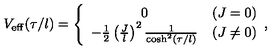
V _ { \mathrm { e f f } } ( \tau / l ) = \left\{ \begin{array} { c l } { 0 } & { ( J = 0 ) } \\ { - \frac { 1 } { 2 } \left( \frac { J } { l } \right) ^ { 2 } \frac { 1 } { \cosh ^ { 2 } ( \tau / l ) } } & { ( J \neq 0 ) } \\ \end{array} , \right.